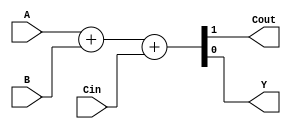
`timescale 1ns / 1ps
//////////////////////////////////////////////////////////////////////////////////
// Company: 
// Engineer: 
// 
// Design Name: 
// Module Name: fa
// Project Name: 
// Target Devices: 
// Tool Versions: 
// Description: 
// 
// Dependencies: 
// 
// Revision:
// Revision 0.01 - File Created
// Additional Comments:
// 
//////////////////////////////////////////////////////////////////////////////////


module fa(
input A,
input B,
input Cin,
output Cout,
output Y
    );

wire [1:0] temp;
assign temp=A+B+Cin;
assign Y=temp[0];
assign Cout=temp[1];


//  assign Y=A^B^Cin;
//  assign Cout=(A^B)&Cin | A&B;
endmodule